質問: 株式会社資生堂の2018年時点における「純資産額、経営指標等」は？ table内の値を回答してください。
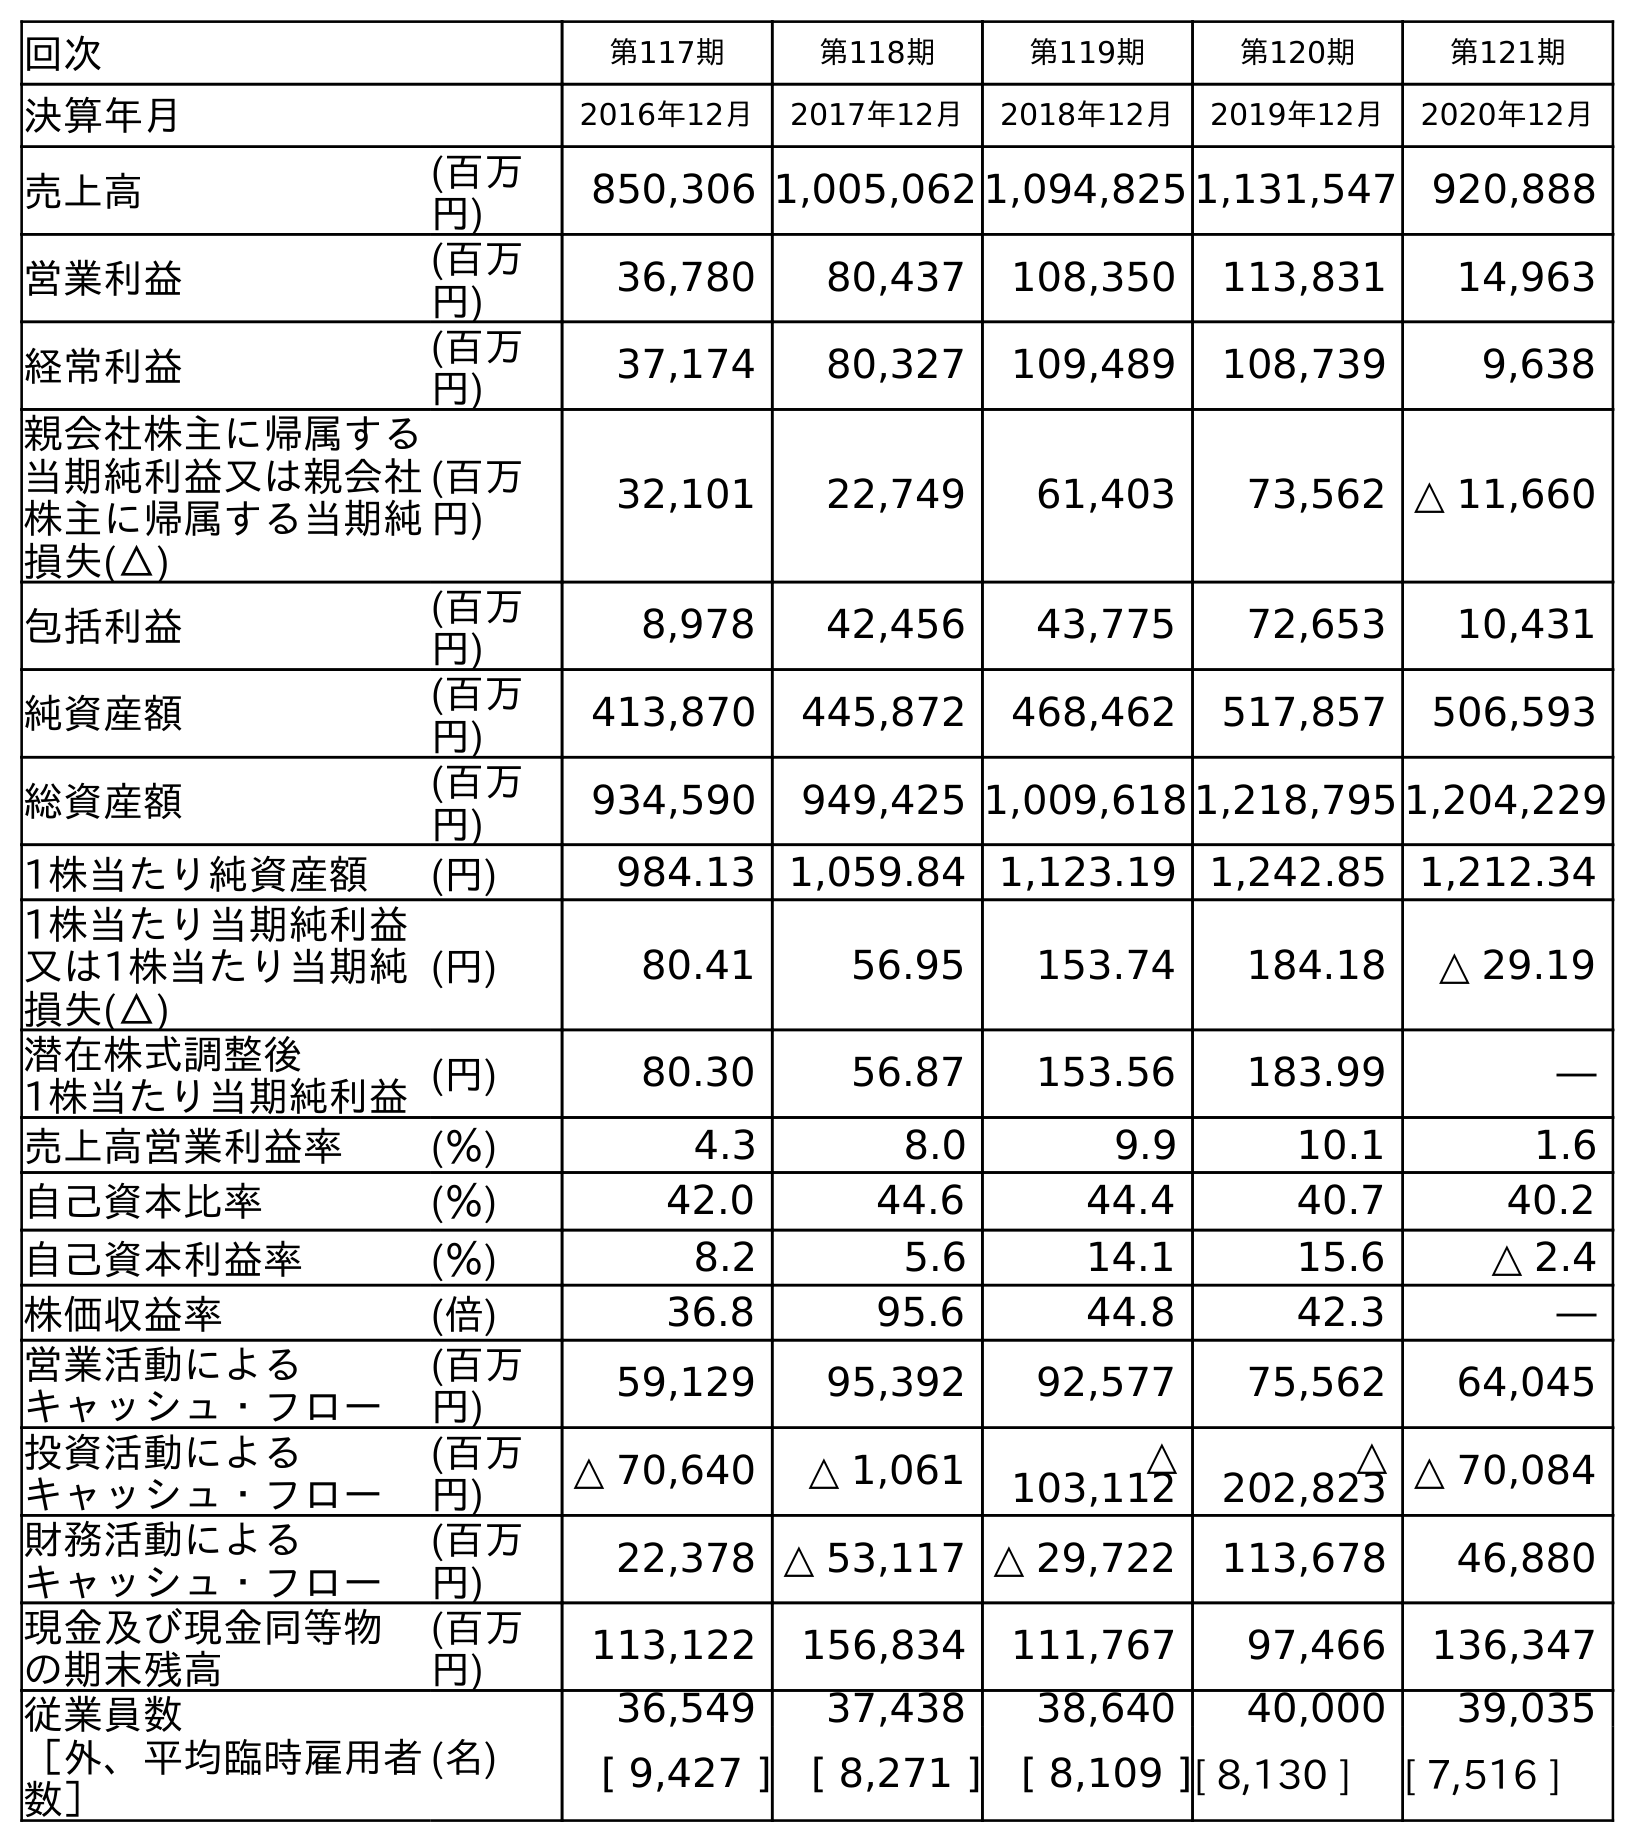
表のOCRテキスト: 回次 第117期 第118期 第119期 第120期 第121期 決算年月 2016年12月 2017年12月 2018年12月 2019年12月 2020年12月 売上高 (百万 円) 850,306 1,005,062 1,094,825 1,131,547 920,888 営業利益 (百万 円) 36,780 80,437 108,350 113,831 14,963 経常利益 (百万 円) 37,174 80,327 109,489 108,739 9,638 親会社株主に帰属する 当期純利益又は親会社 株主に帰属する当期純 損失(△) (百万 円) 32,101 22,749 61,403 73,562 △ 11,660 包括利益 (百万 円) 8,978 42,456 43,775 72,653 10,431 純資産額 (百万 円) 413,870 445,872 468,462 517,857 506,593 総資産額 (百万 円) 934,590 949,425 1,009,618 1,218,795 1,204,229 1株当たり純資産額 (円) 984.13 1,059.84 1,123.19 1,242.85 1,212.34 1株当たり当期純利益 又は1株当たり当期純 損失(△) (円) 80.41 56.95 153.74 184.18 △ 29.19 潜在株式調整後 1株当たり当期純利益(円) 80.30 56.87 153.56 183.99 ― 売上高営業利益率 (％) 4.3 8.0 9.9 10.1 1.6 自己資本比率 (％) 42.0 44.6 44.4 40.7 40.2 自己資本利益率 (％) 8.2 5.6 14.1 15.6 △ 2.4 株価収益率 (倍) 36.8 95.6 44.8 42.3 ― 営業活動による キャッシュ・フロー (百万 円) 59,129 95,392 92,577 75,562 64,045 投資活動による キャッシュ・フロー (百万 円) △ 70,640 △ 1,061 △ 103,112 △ 202,823 △ 70,084 財務活動による キャッシュ・フロー (百万 円) 22,378 △ 53,117 △ 29,722 113,678 46,880 現金及び現金同等物 の期末残高 (百万 円) 113,122 156,834 111,767 97,466 136,347 従業員数 ［外、平均臨時雇用者 数］ (名) 36,549 37,438 38,640 40,000 39,035 [ 9,427 ] [ 8,271 ] [ 8,109 ][ 8,130 ] [ 7,516 ]
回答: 468,462